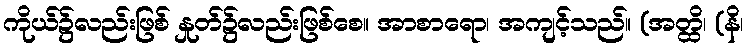
ကိုယ်၌လည်းဖြစ် နှုတ်၌လည်းဖြစ်စေ။ အာစာရော၊ အကျင့်သည်။ (အတ္ထိ၊ (နိ၊